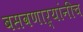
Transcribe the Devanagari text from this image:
बसवणाऱ्यांनीच